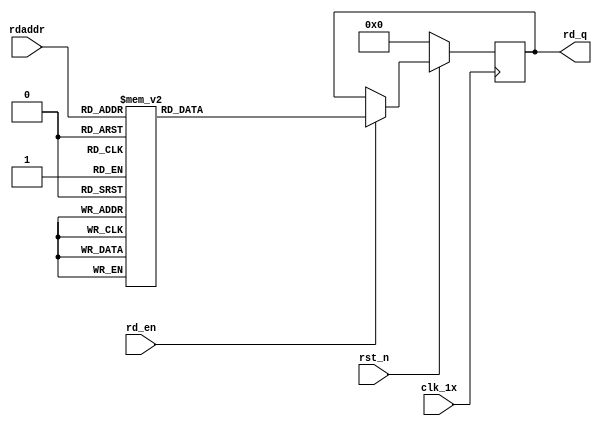
`timescale 1ns / 1ps
module F_normal_t12_next_Rom0(
input	          							clk_1x,
input	          							rst_n,
//////////////////////////////////////////////////////////////
input										rd_en,
input				[4:0]				rdaddr,
output		reg			[191:0]				rd_q
);

always @(posedge clk_1x)begin
	if(~rst_n)begin
		rd_q <= 192'b0;
	end
	else if(rd_en == 1'b1)begin
		case(rdaddr)
			5'h17: rd_q <= 192'b111001111010101001000000011001101110111110100001111000101100000010010001000100001010110000111011000110110011010011110011000010100011100010001010001110100010000111000001011100000110010001110010;
			5'h16: rd_q <= 192'b100001011000100110001111000111101101011000101110000101111011110100000000011111101011011101111110100100110000110010111100111000011110001010001100011000010000010110100011001101011110110101110111;
			5'h15: rd_q <= 192'b110011100001101101001000011110111010111111110000010100100101110110010000000000011000010100101110111010111110010110101000000011111000111101000000111000001011001001010100001100010110001100010011;
			5'h14: rd_q <= 192'b111011000111001001010000101010101001101111101000110001111110011001000010011111110100000111110100110001101110111101000100001000001111100111011010101101000010111010100101101111111111000100101100;
			5'h13: rd_q <= 192'b100000010010000110101100000011001011011010011001110101100000010100100000011000010001111101000010011010000110010000010011000000101011000101101011010010001011001000100101010111110110000001010000;
			5'h12: rd_q <= 192'b000111000111010001101001101000001101000101000010101001011000111000010111000000100111010010011000001000010000111011111010011100100100010110100000001011000000110010001010000010110101001111101110;
			5'h11: rd_q <= 192'b010100100111010101110111010011010001110111011110011111111011000011110110001101011010110100110001100001001010010110100001100010001101111000010101000011011100100100101101010011100110111001001010;
			5'h10: rd_q <= 192'b111001000110011010011100000100000011100100000010101110110011010000100011101000101101101100100110110001101101110010000101011001111001100010110110000001111100010010001111010110001110101110001101;
			5'h0f: rd_q <= 192'b011111001000010010110110001010011100010011001100101011100011001011110100100110001101111101011101011011001101100110000011110101101100110000100100000111001100000101111011101000101000110001011101;
			5'h0e: rd_q <= 192'b100001110100001101011100011010011100111101100100101111101011111101110001011111010101110011100101011011110010000111101011101110110000001011101011111100111011111110000111000010000001111011000110;
			5'h0d: rd_q <= 192'b010111001001010011100100011111101011101000111010010001111000011111001110010000101101100011011010010010000101100011000001101010011011010011011010111001011011010010000010010101000110101101000000;
			5'h0c: rd_q <= 192'b011100111000100110110100110101110000100101101010110010110010011111001111010001100001010011000101010101111101001000100001010001001011010111110001110001111111010101010100001110100110011001010010;
			5'h0b: rd_q <= 192'b010110110101110101111100100101010011001110000001010001101110010001010010011101000110011011110011101100001011100110010101111110110001101010101001101011100101000111000110100011001101101000011011;
			5'h0a: rd_q <= 192'b001111001101110101100010111001110100111111000111001100101010111001000111111110001011100111100001011101111111111010011000111001010001100001101111010010100110101111101011000101100011011110111100;
			5'h09: rd_q <= 192'b000010010111101100101011011001111011111011001000110101100000100010100011110111100111011100011011100010000001110100010110001100000001011101010100100111010011100101111001111101111001001101010011;
			5'h08: rd_q <= 192'b100111110110000000010000111110101111000000101001000011100000001001011111110001001100100000011011011111100001011011000101000110111101101000000111101111010100001111001110001010100000010111100101;
			5'h07: rd_q <= 192'b000000010101000000110100100100000011011100101111011010101100101110000011011111011110010110010000011011010100100001111111001000110000111110101011000100111100100100000000010011001100101011001101;
			5'h06: rd_q <= 192'b000011111011010010100000101100100011001100010010011100101000001101000011101100000101011001111110010101111110100001101110101010011001010011110110000111001100010110010110100101011010101001000101;
			5'h05: rd_q <= 192'b001110000010101001110000001110011100010000000100001010010000011100100110001001011011101000000000110011101010110010111101010010100011001111000111011011001110000011110110010010000110110001111110;
			5'h04: rd_q <= 192'b110110101101101100000001000011011100000101001110000101101100010010110100101111100110010101011110111010011000001000010111001000011000010110111101000010101111110011011000110101000111011110110000;
			5'h03: rd_q <= 192'b010101100001000000100011001001110001110000001101111110111001111010111010010110101101011011110001011101101101100001011001001100011111010011110011011010011101011001010100000100101111001111011100;
			5'h02: rd_q <= 192'b101001001000010000010110011010100101110100000010011101111101000101101110111111110000010001011100110010000111111110000110101111000110100101010101101010001010001110010101110111001101100011000000;
			5'h01: rd_q <= 192'b100101001101101111100100010000111111001000101100000100011101011100001000111101100000010100100010110010100110011011110101000010011001100010100110011100101001100110000010010111011000101010010011;
			5'h00: rd_q <= 192'b000010111000001011010000011000000100110000010100111110010110010101011001111101110001101001001111110100011111101000110100011101111100011101000111011010001001110101001111000110011111100110110111;
		default:rd_q <= 192'b0;
		endcase
	end
end

endmodule